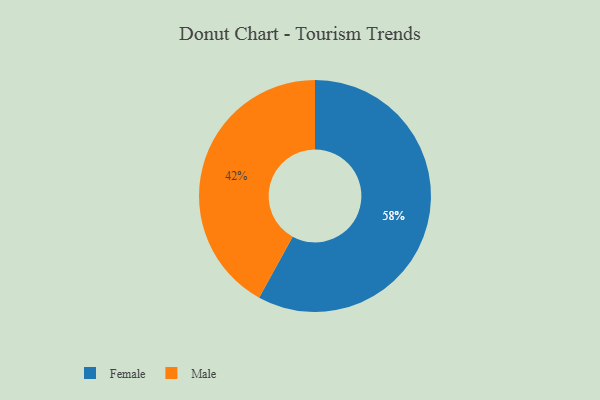
{"axis": {"x": "Category", "y": "Percentage"}, "legend": ["Female", "Male"], "data": [{"x": "Female", "y": 58, "type": "Female"}, {"x": "Male", "y": 42, "type": "Male"}]}